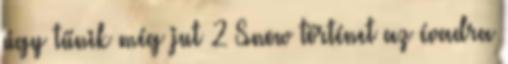
úgy tűnik még jut 2 Snow történet az évadra